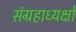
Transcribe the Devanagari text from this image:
संग्रहाध्यक्षों